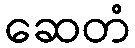
ဆေတံ